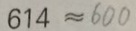
6 1 4 \approx 6 0 0